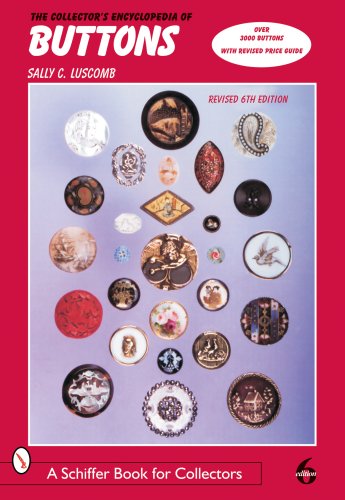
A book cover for The Collector's Encyclopedia of Buttons (Schiffer Book for Collectors); Sally C. Luscomb; Crafts, Hobbies & Home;